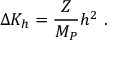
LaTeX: \Delta K _ { h } = \frac { Z } { M _ { P } } h ^ { 2 } ~ .